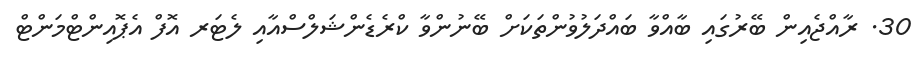
30. ރާއްޖެއިން ބޭރުގައި ބާއްވާ ބައްދަލުވުންތަކަށް ބޭނުންވާ ކްރެޑެންޝަލްސްއާއި ލެޓަރ އޮފް އެޕޮއިންޓްމަންޓް